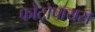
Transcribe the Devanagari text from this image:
फोटोपायस